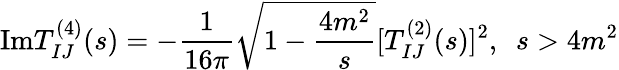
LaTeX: \mathrm{Im}T_{IJ}^{(4)}(s)=-{\frac{1}{16\pi}}\sqrt{1-{\frac{4m^{2}}{s}}}[T_{IJ}^{(2)}(s)]^{2},\, \, \, s>4m^{2}